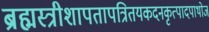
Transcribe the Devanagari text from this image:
ब्रह्मस्त्रीशापतापत्रितयकदनकृत्पादपाथोज